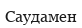
Саудамен